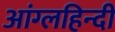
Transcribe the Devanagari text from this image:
आंग्लहिन्दी